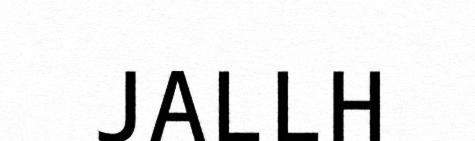
JALLH